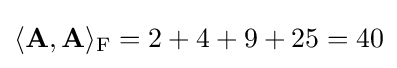
\langle \mathbf {A} ,\mathbf {A} \rangle _{\mathrm {F} }=2+4+9+25=40